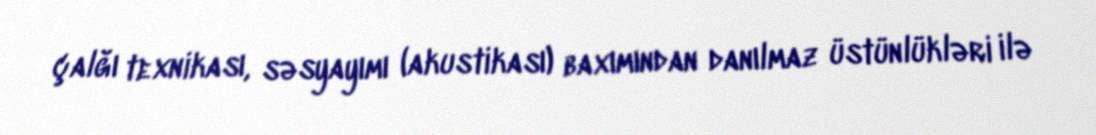
çalğı texnikası, səsyayımı (akustikası) baxımından danılmaz üstünlükləri ilə